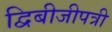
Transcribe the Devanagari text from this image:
द्विबीजीपत्री